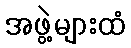
အဖွဲ့များထံ